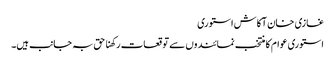
غازی خان آکاش استوری
استوری عوام کا منتخب نمائندوں سے توقعات رکھنا حق بہ جانب ہیں۔